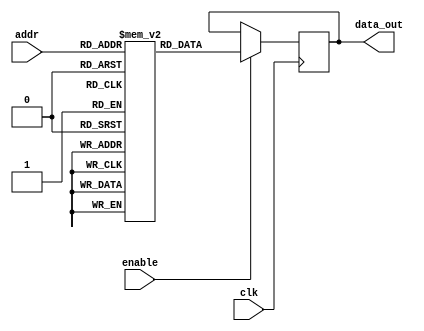
module parameterized_rom #(
    parameter DATA_WIDTH = 8,     // Width of each memory word in bits
    parameter ADDR_WIDTH = 4       // Number of address lines
)(
    input wire clk,                // Clock signal
    input wire [ADDR_WIDTH-1:0] addr, // Address input
    input wire enable,             // Enable signal
    output reg [DATA_WIDTH-1:0] data_out // Data output
);

// Internal memory storage
reg [DATA_WIDTH-1:0] rom_memory [0:2**ADDR_WIDTH-1];

// Initialization of ROM with specific values
initial begin
    // Example initialization (you can customize these values)
    rom_memory[0] = 8'h00;
    rom_memory[1] = 8'h01;
    rom_memory[2] = 8'h02;
    rom_memory[3] = 8'h03;
    rom_memory[4] = 8'h04;
    rom_memory[5] = 8'h05;
    rom_memory[6] = 8'h06;
    rom_memory[7] = 8'h07;
    rom_memory[8] = 8'h08;
    rom_memory[9] = 8'h09;
    rom_memory[10] = 8'h0A;
    rom_memory[11] = 8'h0B;
    rom_memory[12] = 8'h0C;
    rom_memory[13] = 8'h0D;
    rom_memory[14] = 8'h0E;
    rom_memory[15] = 8'h0F; // For ADDR_WIDTH = 4
    // Add more initialization as needed based on your ROM depth
end

// Behavioral logic to read data on clock edge
always @(posedge clk) begin
    if (enable) begin
        data_out <= rom_memory[addr]; // Read data from ROM
    end
end

endmodule